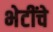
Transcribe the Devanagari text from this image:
भेटींचे